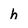
Character: h